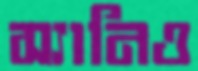
স্যানিও